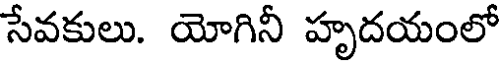
సేవకులు. యోగినీ హృదయంలో